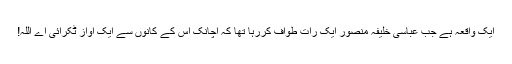
ایک واقعہ ہے جب عباسی خلیفہ منصور ایک رات طواف کررہا تھا کہ اچانک اس کے کانوں سے ایک آواز ٹکرائی اے اللہ!